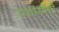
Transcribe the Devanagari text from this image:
स्कारमेंटो